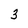
Character: 3